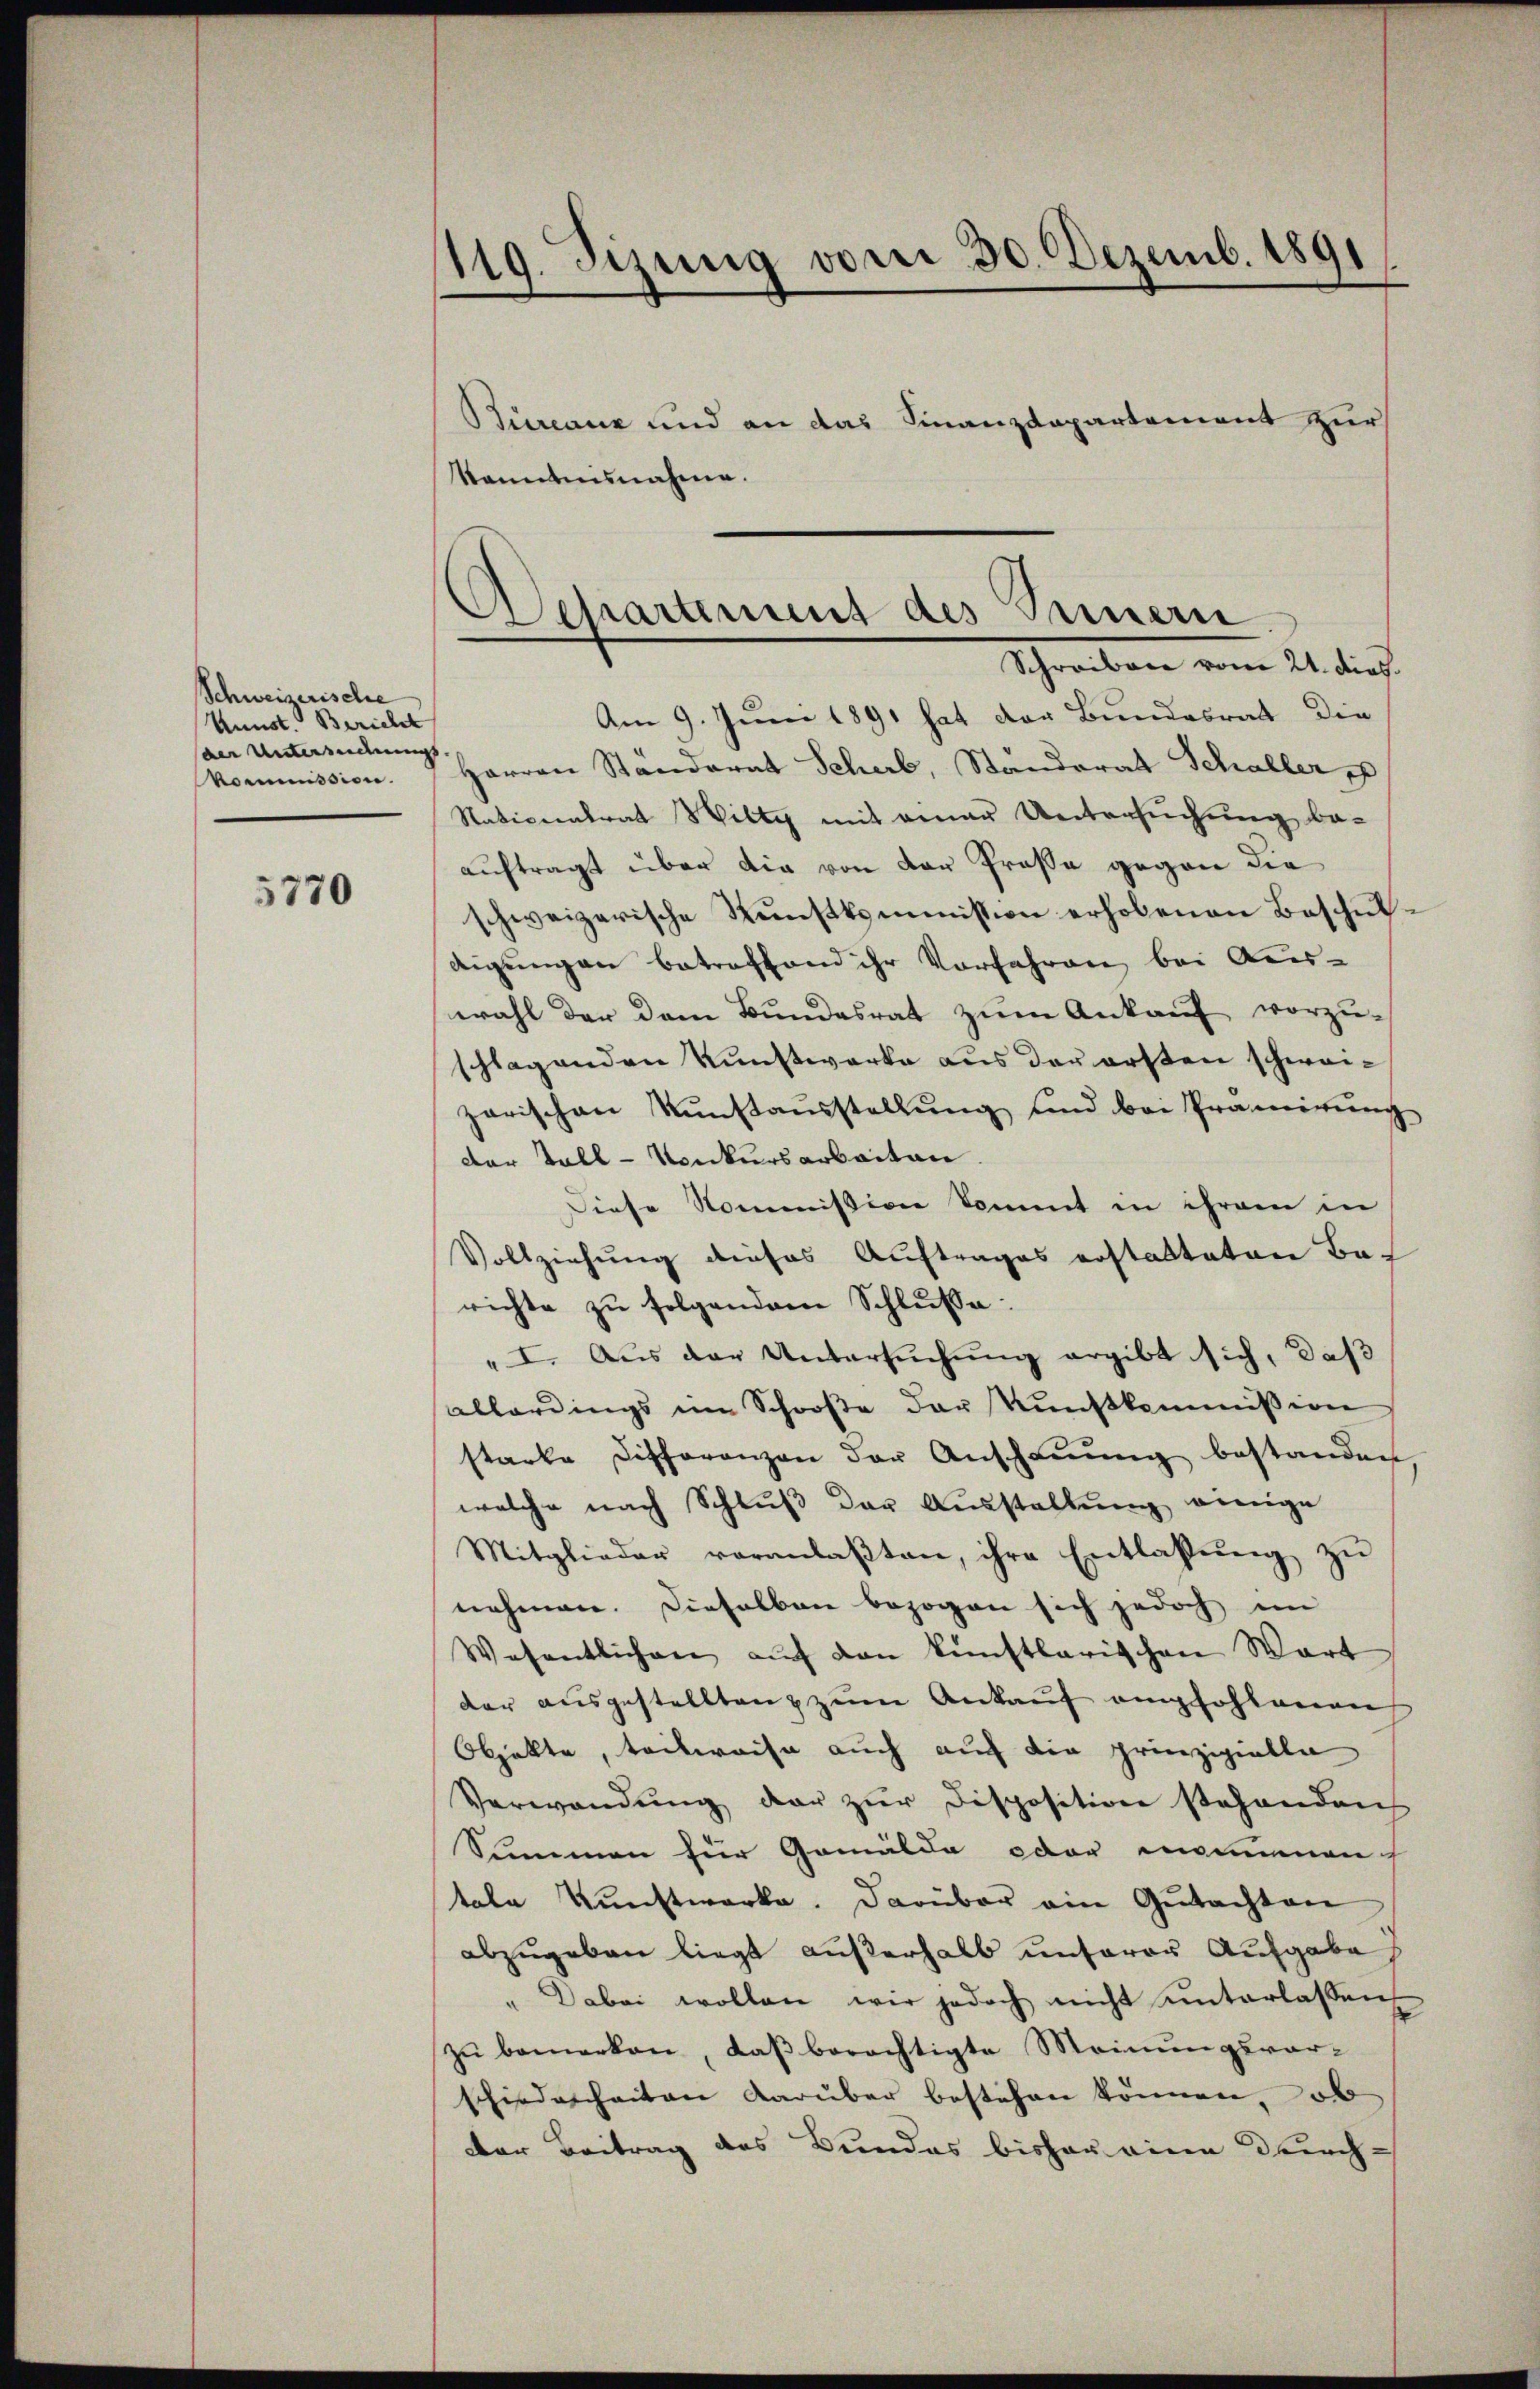
Schweizerische
Kunst. Bericht
der Untersendungs
kommission.

5770

119. Sizung vom 30. Dezemb. 1891
Bureaux und an das Finanzdepartement zur
kanntnisnahme.

Am 9. Juni 1891 hat der Bundesrat die
Harren Standerat Scher, Ständerat Schaller p
Nativentrat Wilty mit einer Untersuchung be-
auftragt über die von der Prose gegen die
schweizerische Kunstksmmmission erhobenen Beschuldigungen betreffend ihr Vorfahren bei Aus-
wahl der dem Bundesrat zŭm Ankauf vorzu-
schlagenden Kunstwerke aus der ersten schweizarischen Kunstausstellŭng und bei Prämirung
der Toll-Konkursarbeiten
Diese Nommission kommt in ihrem in
Vollziehung dieses Auftrages erstatteten Bas
richte zu folgenden Schlusse:
" I. Aus der Untersŭchŭng ergibt sich, daß
allerdings im Schooße der Kunstkommission
starke Differenzen der Anschaŭŭng bestanden
welche nach Schlŭβ der Ausstellŭng einige
Mitglieder veranlaßten, ihre Entlassung zu
nehmen. Dieselben bezogen sich jedoch im
Wesentlichen aŭf den künstlerischen Wart
der aŭsgestellten & zum Ankauf empfohlenen
Objekte, teilweise auch auch die prinzipielle
Verwendung der zur Disposition stehendenh
Sammen für Gemälde oder momenan
tale Kunstwerke. Darüber ein Gutachten
abzugeben liegt außerhalb unserer Aufgabe
" Dabei wollen wir jedoch nicht unterlaßen,
zŭ bemerken, daß berechtigte Meinungsvor-
schiedenheiten darüber bestehen können, ob
der Beitrag des Bundes bisher eine Durch¬

Departement des Innern
Schreiben vom 21. dies.